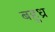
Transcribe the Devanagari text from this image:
बहुध्र